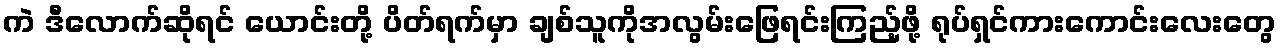
ကဲ ဒီလောက်ဆိုရင် ယောင်းတို့ ပိတ်ရက်မှာ ချစ်သူကိုအလွမ်းဖြေရင်းကြည့်ဖို့ ရုပ်ရှင်ကားကောင်းလေးတွေ